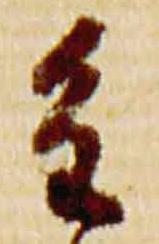
重